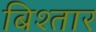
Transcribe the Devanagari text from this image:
बिश्तार